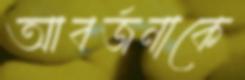
আবর্জনাকে